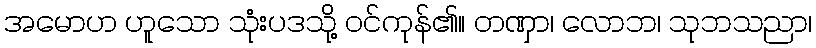
အမောဟ ဟူသော သုံးပဒသို့ ဝင်ကုန်၏။ တဏှာ၊ လောဘ၊ သုဘသညာ၊